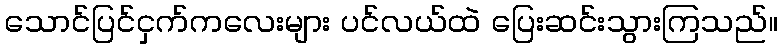
သောင်ပြင်ငှက်ကလေးများ ပင်လယ်ထဲ ပြေးဆင်းသွားကြသည်။